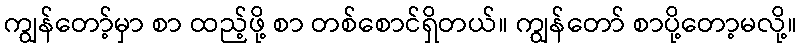
ကျွန်တော့်မှာ စာ ထည့်ဖို့ စာ တစ်စောင်ရှိတယ်။ ကျွန်တော် စာပို့တော့မလို့။